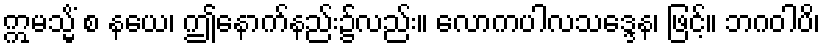
ဣမသ္မိံ စ နယေ၊ ဤနောက်နည်း၌လည်း။ လောကပါလသဒ္ဒေန၊ ဖြင့်။ ဘဂဝါပိ၊